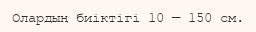
Олардың биіктігі 10 — 150 см.